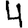
Digit: 4